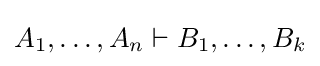
A_{1},\ldots ,A_{n}\vdash B_{1},\ldots ,B_{k}